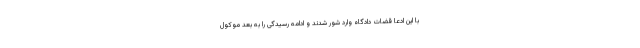
با این ادعا قضات دادگاه وارد شور شدند و ادامه رسیدگی را به بعد موکول